Trukikaitis_Postimees, lk 148
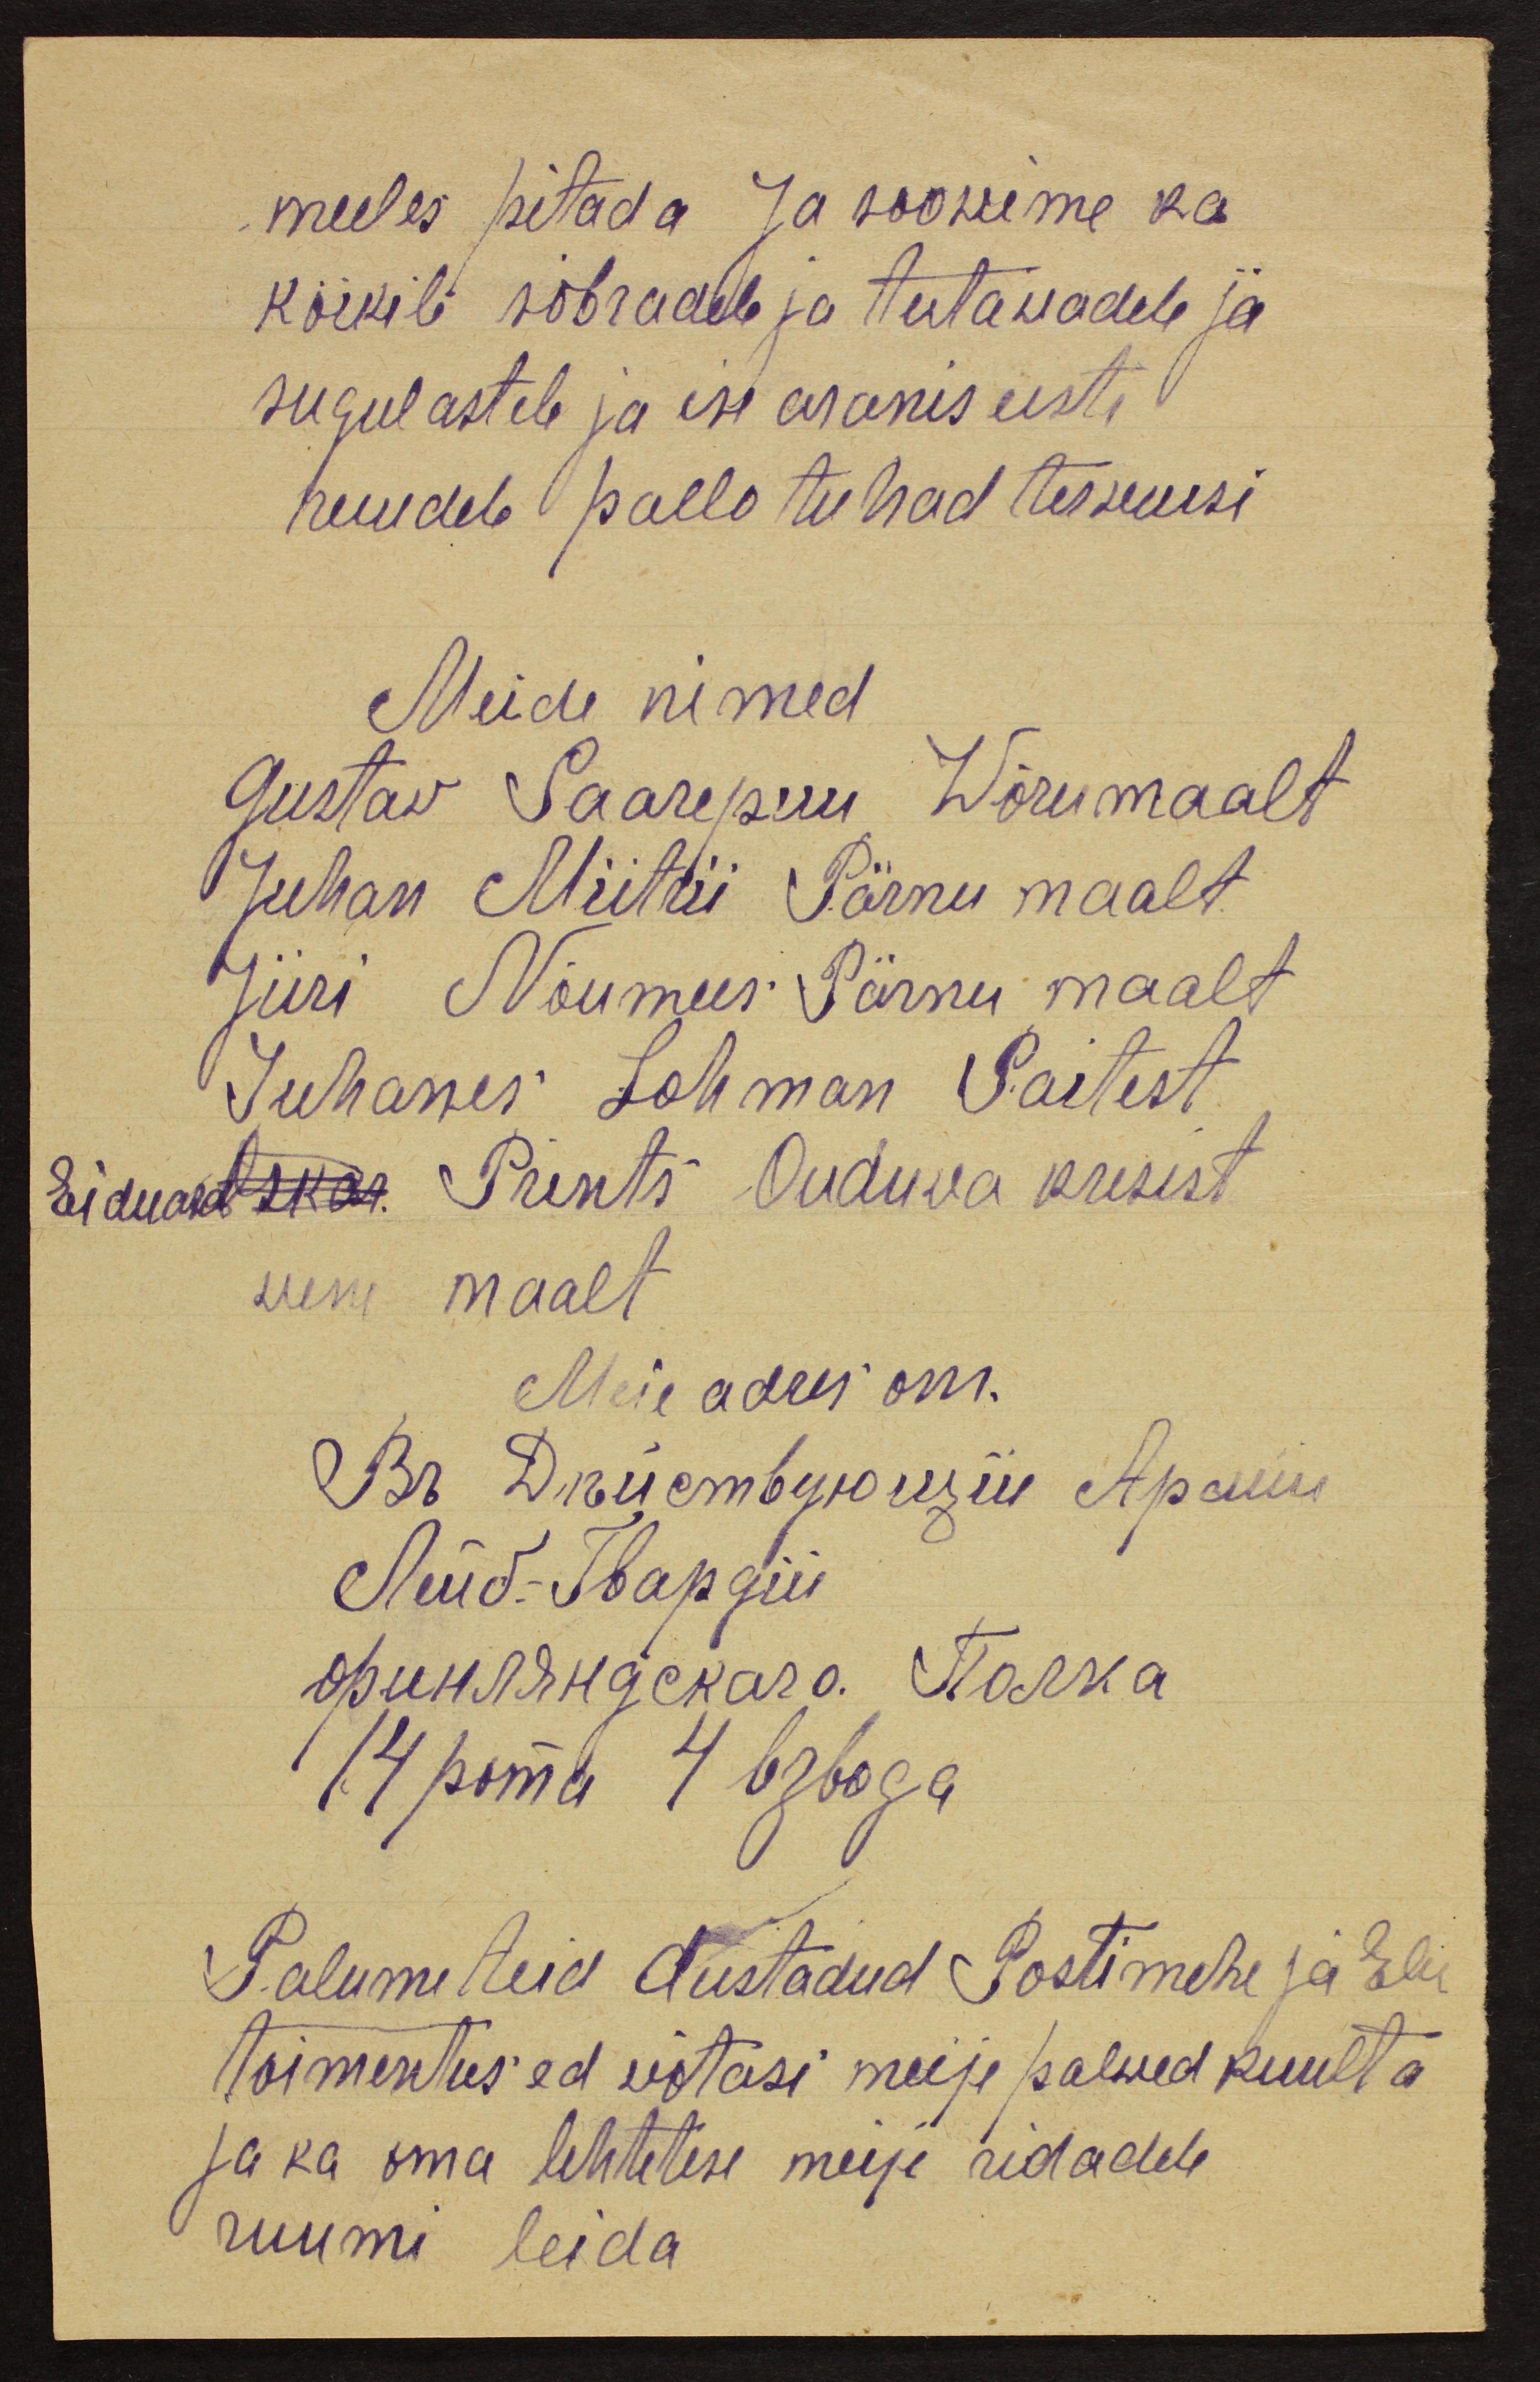
meeles pitada Ja soowime ka
kõikili sõbradele ja tutawadele ja
sugulastele ja ise aranis eesti
neiudele pallo tuhad terwusi
Meide nimed
Gustaw Saarepuu Wõrumaalt
Juhan Miitrii Pärnu maalt
Jüri Nõumees Pärnu maalt
Juhanes Lohman Paitest
Eiduardoskar. Prints Ouduwa kresist
wene maalt
Meie adres om.
Palume teid Austadud Postimehe ja Elu
toimentus ed võtasi meije palwed kuulta
ja ka oma lehtetese meije ridadele
ruumi leida